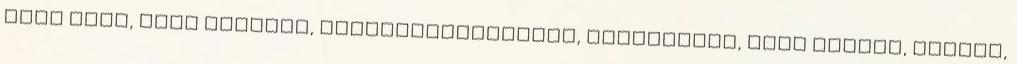
nagy mell, cock sucking, digitalplayground, kutyaszerű, nagy szamár, csalás,